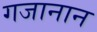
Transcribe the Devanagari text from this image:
गजानान